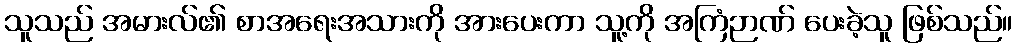
သူသည် အမားလ်၏ စာအရေးအသားကို အားပေးကာ သူ့ကို အကြံဉာဏ် ပေးခဲ့သူ ဖြစ်သည်။